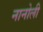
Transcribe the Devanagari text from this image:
नानोली